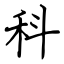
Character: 科